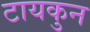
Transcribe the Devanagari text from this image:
टायकुन